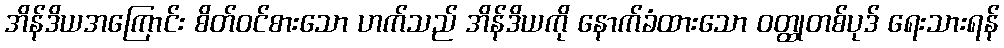
အိန်ဒိယအကြောင်း စိတ်ဝင်စားသော ဟက်သည် အိန်ဒိယကို နောက်ခံထားသော ဝတ္ထုတစ်ပုဒ် ရေးသားရန်